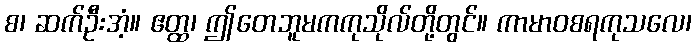
စ၊ ဆက်ဦးအံ့။ ဧတ္ထ၊ ဤတေဘူမကကုသိုလ်တို့တွင်။ ကာမာဝစရကုသလေ၊